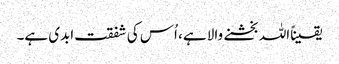
یقیناًاللہ بخشنے والا ہے، اُس کی شفقت ابدی ہے۔